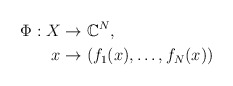
\begin{align*} \Phi:X&\rightarrow\mathbb{C}^N, \\x&\rightarrow(f_1(x),\ldots,f_N(x))\end{align*}